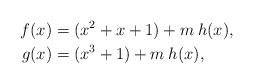
LaTeX: \begin{align*}f(x) & =( x^2+x+1)+ m\:h(x),\\g(x) & = (x^3+1)+ m\:h(x),\end{align*}